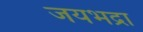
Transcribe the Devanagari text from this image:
जयभद्रा